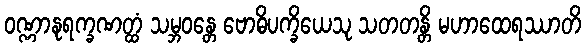
ဝဏ္ဏာနုရက္ခဏတ္ထံ သမ္ဘဝန္တေ ဗောဓိပက္ခိယေသု သတတန္တိ မဟာထေရဿာတိ